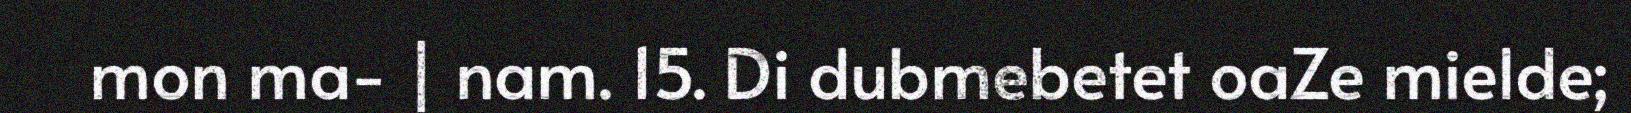
mon ma- | nam. 15. Di dubmebetet oaZe mielde;